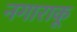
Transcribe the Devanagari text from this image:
नगाराकू